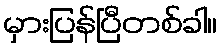
မှားပြန်ပြီတစ်ခါ။